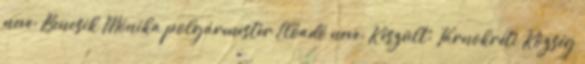
neve: Bencsik Mónika polgármester Előadó neve: Készült: Tárnokréti Község